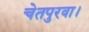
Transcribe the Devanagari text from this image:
चेतपुरवा।